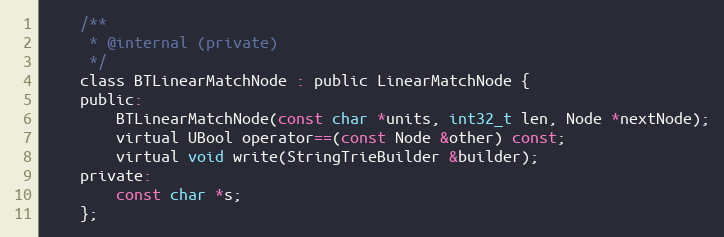
Language: C
    /**
     * @internal (private)
     */
    class BTLinearMatchNode : public LinearMatchNode {
    public:
        BTLinearMatchNode(const char *units, int32_t len, Node *nextNode);
        virtual UBool operator==(const Node &other) const;
        virtual void write(StringTrieBuilder &builder);
    private:
        const char *s;
    };